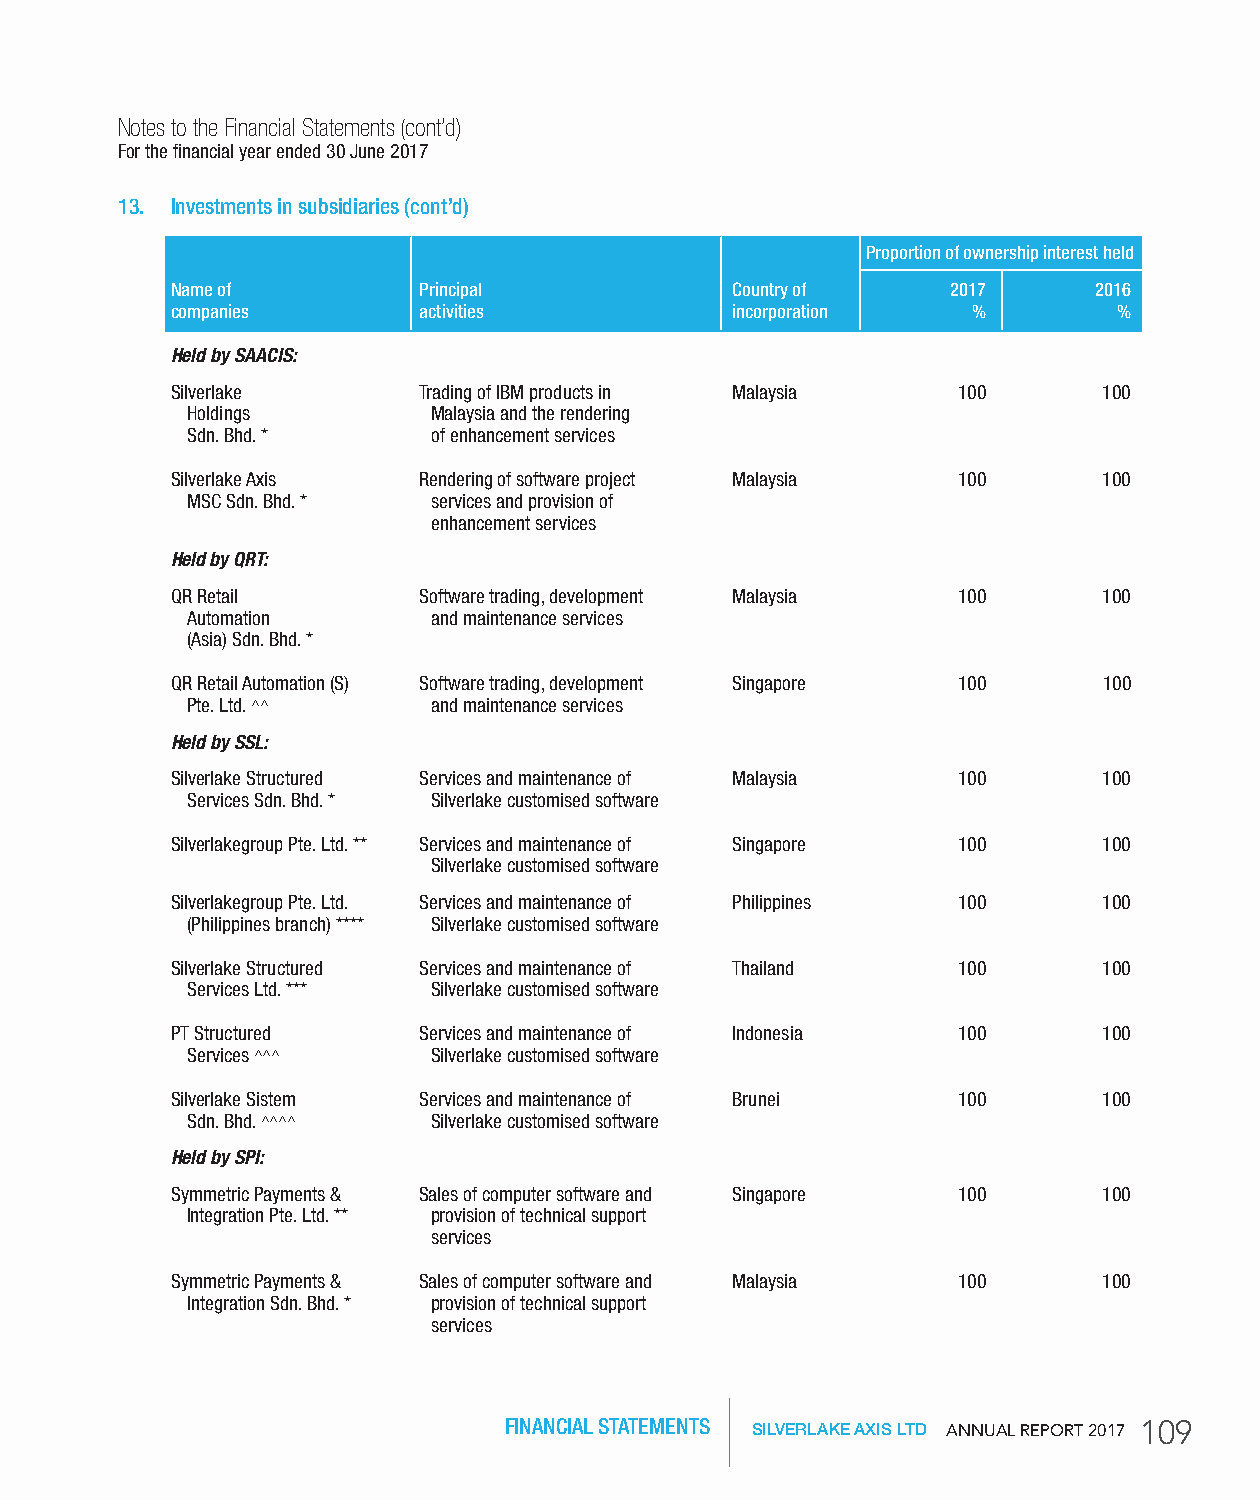
Notes to the Financial Statements (cont’d)
 For the financial year ended 30 June 2017
 13. Investments in subsidiaries (cont’d)
 Proportion of ownership interest held
 Name of          Principal           Country of     2017     2016
 companies        activities          incorporation   %         %
 Held by SAACIS:
 Silverlake       Trading of IBM products in Malaysia 100      100
 Holdings         Malaysia and the rendering
 Sdn. Bhd. *      of enhancement services
 Silverlake Axis  Rendering of software project Malaysia 100   100
 MSC Sdn. Bhd. *  services and provision of
 enhancement services
 Held by QRT:
 QR Retail        Software trading, development Malaysia 100   100
 Automation       and maintenance services
 (Asia) Sdn. Bhd. *
 QR Retail Automation (S) Software trading, development Singapore 100 100
 Pte. Ltd. ^^     and maintenance services
 Held by SSL:
 Silverlake Structured Services and maintenance of Malaysia 100 100
 Services Sdn. Bhd. * Silverlake customised software
 Silverlakegroup Pte. Ltd. ** Services and maintenance of Singapore 100 100
 Silverlake customised software
 Silverlakegroup Pte. Ltd. Services and maintenance of Philippines 100 100
 (Philippines branch) **** Silverlake customised software
 Silverlake Structured Services and maintenance of Thailand 100 100
 Services Ltd. *** Silverlake customised software
 PT Structured    Services and maintenance of Indonesia 100    100
 Services ^^^     Silverlake customised software
 Silverlake Sistem Services and maintenance of Brunei 100      100
 Sdn. Bhd. ^^^^   Silverlake customised software
 Held by SPI:
 Symmetric Payments & Sales of computer software and Singapore 100 100
 Integration Pte. Ltd. ** provision of technical support
 services
 Symmetric Payments & Sales of computer software and Malaysia 100 100
 Integration Sdn. Bhd. * provision of technical support
 services
 FINANCIAL STATEMENTS SILVERLAKE AXIS LTD AnnuAl RepoRt 2017 109